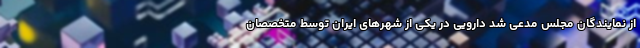
از نمایندگان مجلس مدعی شد دارویی در یکی از شهرهای ایران توسط متخصصان